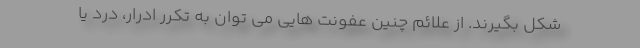
شکل بگیرند. از علائم چنین عفونت هایی می توان به تکرر ادرار، درد یا